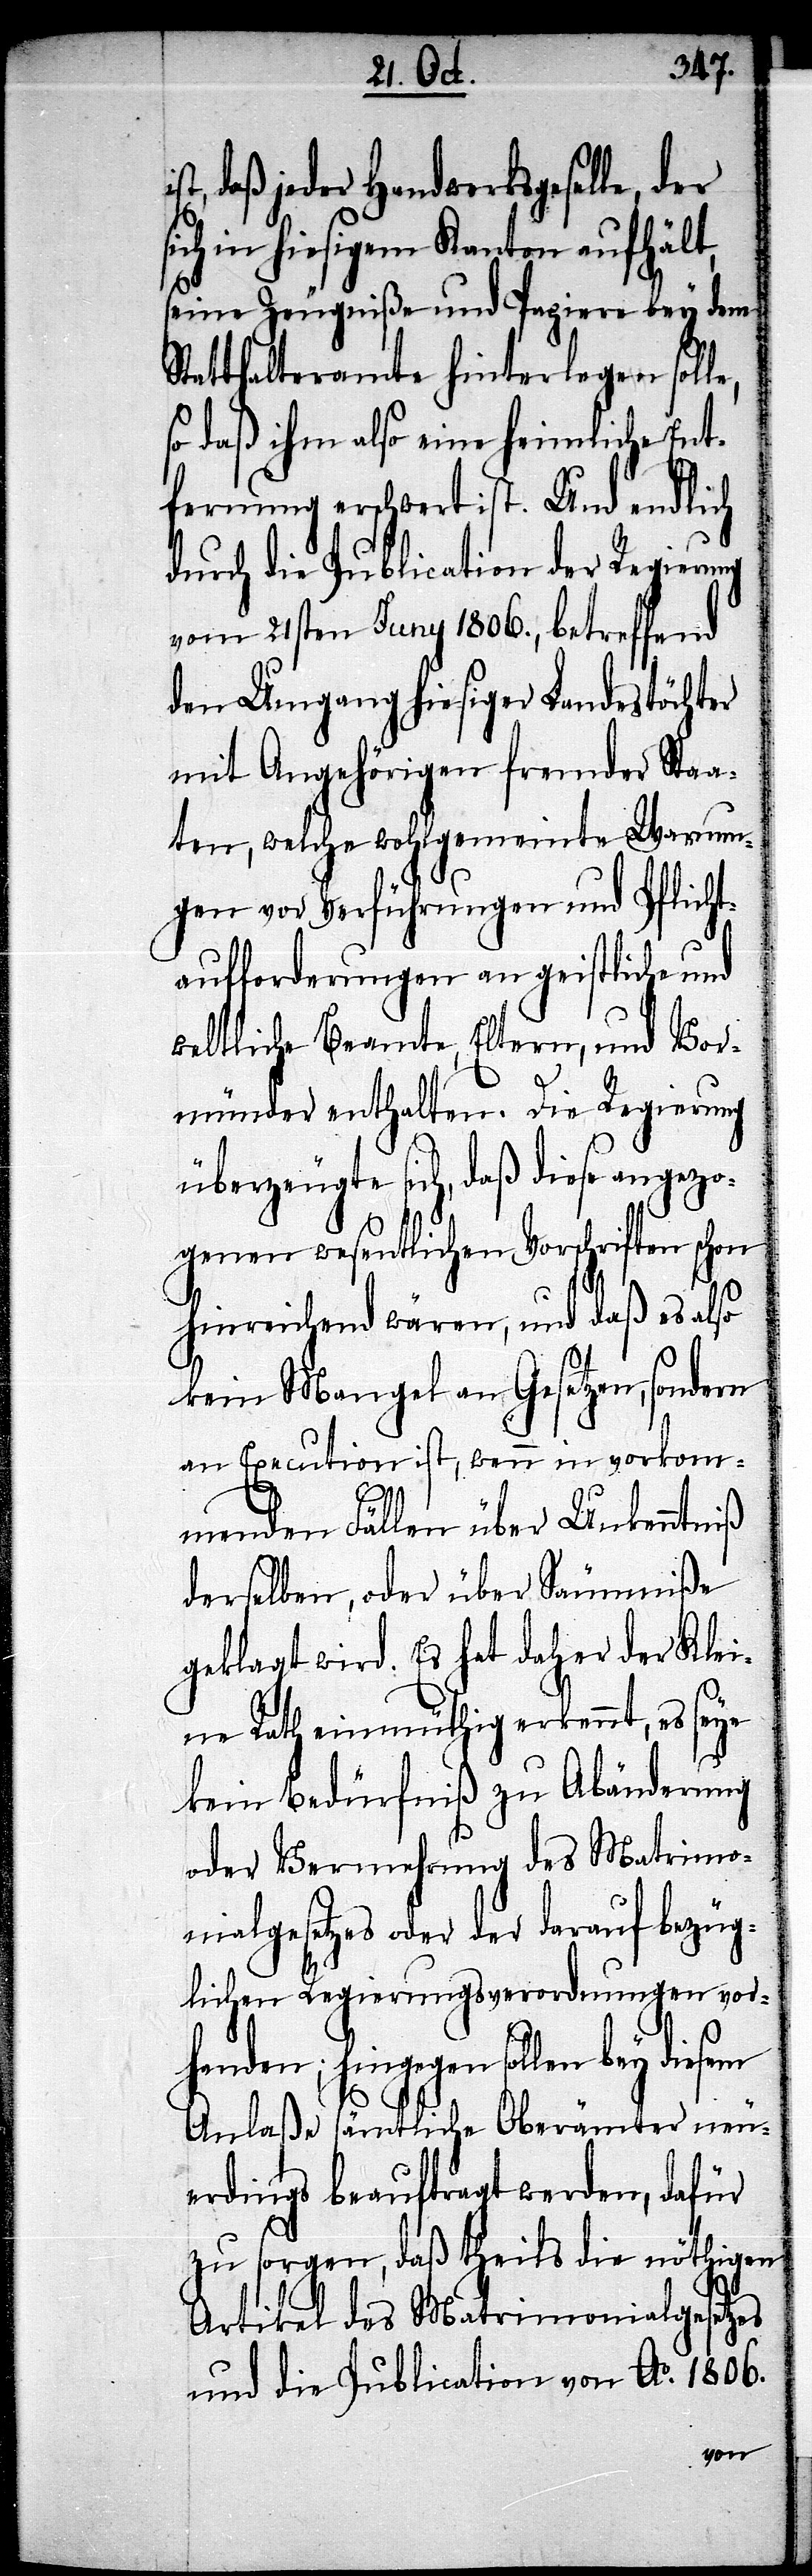
daß jeder Handwerksgeselle, der
in hiesigem Kanton aufhält,
seine Zeugniße und Papiere bey dem
Statthalteramte hinterlegen soll¬
so daß ihm also eine heimliche Ent¬
fernung erschwert ist. Und endlich
durch die Publication der Regierung
vom 21sten Juny 1806., betreffend
den Umgang hiesiger Landestöchter
mit Angehörigen fremder Staa¬
ten, welche wohlgemeinte Warnun¬
gen vor Verführungen und Pflicht¬
aufforderungen an geistliche und
weltliche Beamte, Eltern, und Vor¬
münder enthalten. Die Regierung
überzeugte sich, daß diese angezo¬
genen wesentlichen Vorschriften schon
hinreichend wären, und daß es also
kein Mangel an Gesetzen, sondern
an Execution ist, wenn in vorkom¬
menden Fällen über Unkenntniß
derselben, oder über Säumniße
geklagt wird. Es hat daher der Klei¬
ne Rath einmüthig erkennt, es seye
kein Bedürfniß zu Abänderung
oder Vermehrung des Matrimo¬
nialgesetzes oder der darauf bezüg¬
lichen Regierungsverordnungen vor¬
handen; hingegen sollen bey diesem
Anlaße sämtliche Oberämter neu¬
erdings beauftragt werden, dafür
zu sorgen, daß theils die nöthigen
Artikel des Matrimonialgesetzes
und die Publication von Ao. 1806.
e,